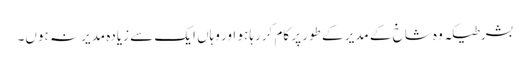
بشرطیکہ وہ شاخ کے مدیر کے طور پر کام کررہا ہو اور وہاں ایک سے زیادہ مدیر نہ ہوں۔